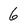
Character: 6